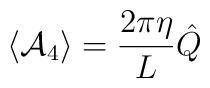
\langle{\cal A}_4\rangle =\frac{2\pi\eta}{L} \hat Q